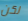
لكن